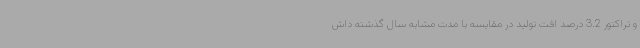
و تراکتور 3.2 درصد افت تولید در مقایسه با مدت مشابه سال گذشته داش